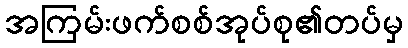
အကြမ်းဖက်စစ်အုပ်စု၏တပ်မှ